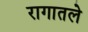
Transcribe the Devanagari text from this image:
रागातले